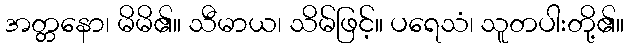
အတ္တနော၊ မိမိ၏။ သီမာယ၊ သိမ်ဖြင့်။ ပရေသံ၊ သူတပါးတို့၏။